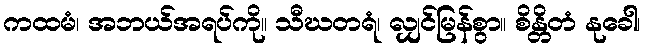
ကထမံ၊ အဘယ်အရပ်ကို။ သီဃတရံ၊ လျှင်မြန်စွာ။ စိန္တိတံ နုခေါ၊